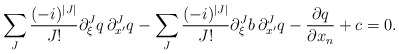
\begin{align*} \sum_{J} \frac{(-i)^{|J|}}{J !} \partial_{\xi}^{J}q \, \partial_{x^\prime}^{J}q - \sum_{J} \frac{(-i)^{|J|}}{J !} \partial_{\xi}^{J}b \, \partial_{x^\prime}^{J}q - \frac{\partial q}{\partial x_n} + c = 0. \end{align*}